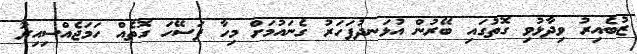
ޒުބެއިރު ވިދާޅުވި ގޮތުގައި ބޭރުން އުޅަނދުފަހަރު ގެނައުމަށް މިހާ ފަސޭހަ ގޮތެއް ހަމަޖެއްސިއިރު